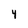
Character: 4